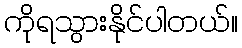
ကိုရသွားနိုင်ပါတယ်။